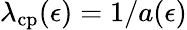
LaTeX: \lambda_{\mathrm{cp}}(\epsilon)=1/a(\epsilon)